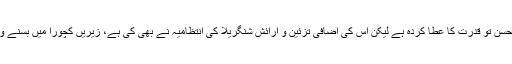
ایک اور خوش قسمت سیاح عبد الوحید طارق لکھتا ہے : شنگریلا کا اصل حسن تو قدرت کا عطا کردہ ہے لیکن اس کی اضافی تزئین و آرائش شنگریلا کی انتظامیہ نے بھی کی ہے، زیریں کچورا میں بسنے والی اس حسینہ کے لب و رخسار کو سرخی لگا کر مزید نکھار دیا گیا ہے۔